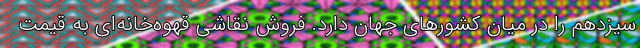
سیزدهم را در میان کشورهای جهان دارد. فروش نقاشی قهوه‌خانه‌ای به قیمت